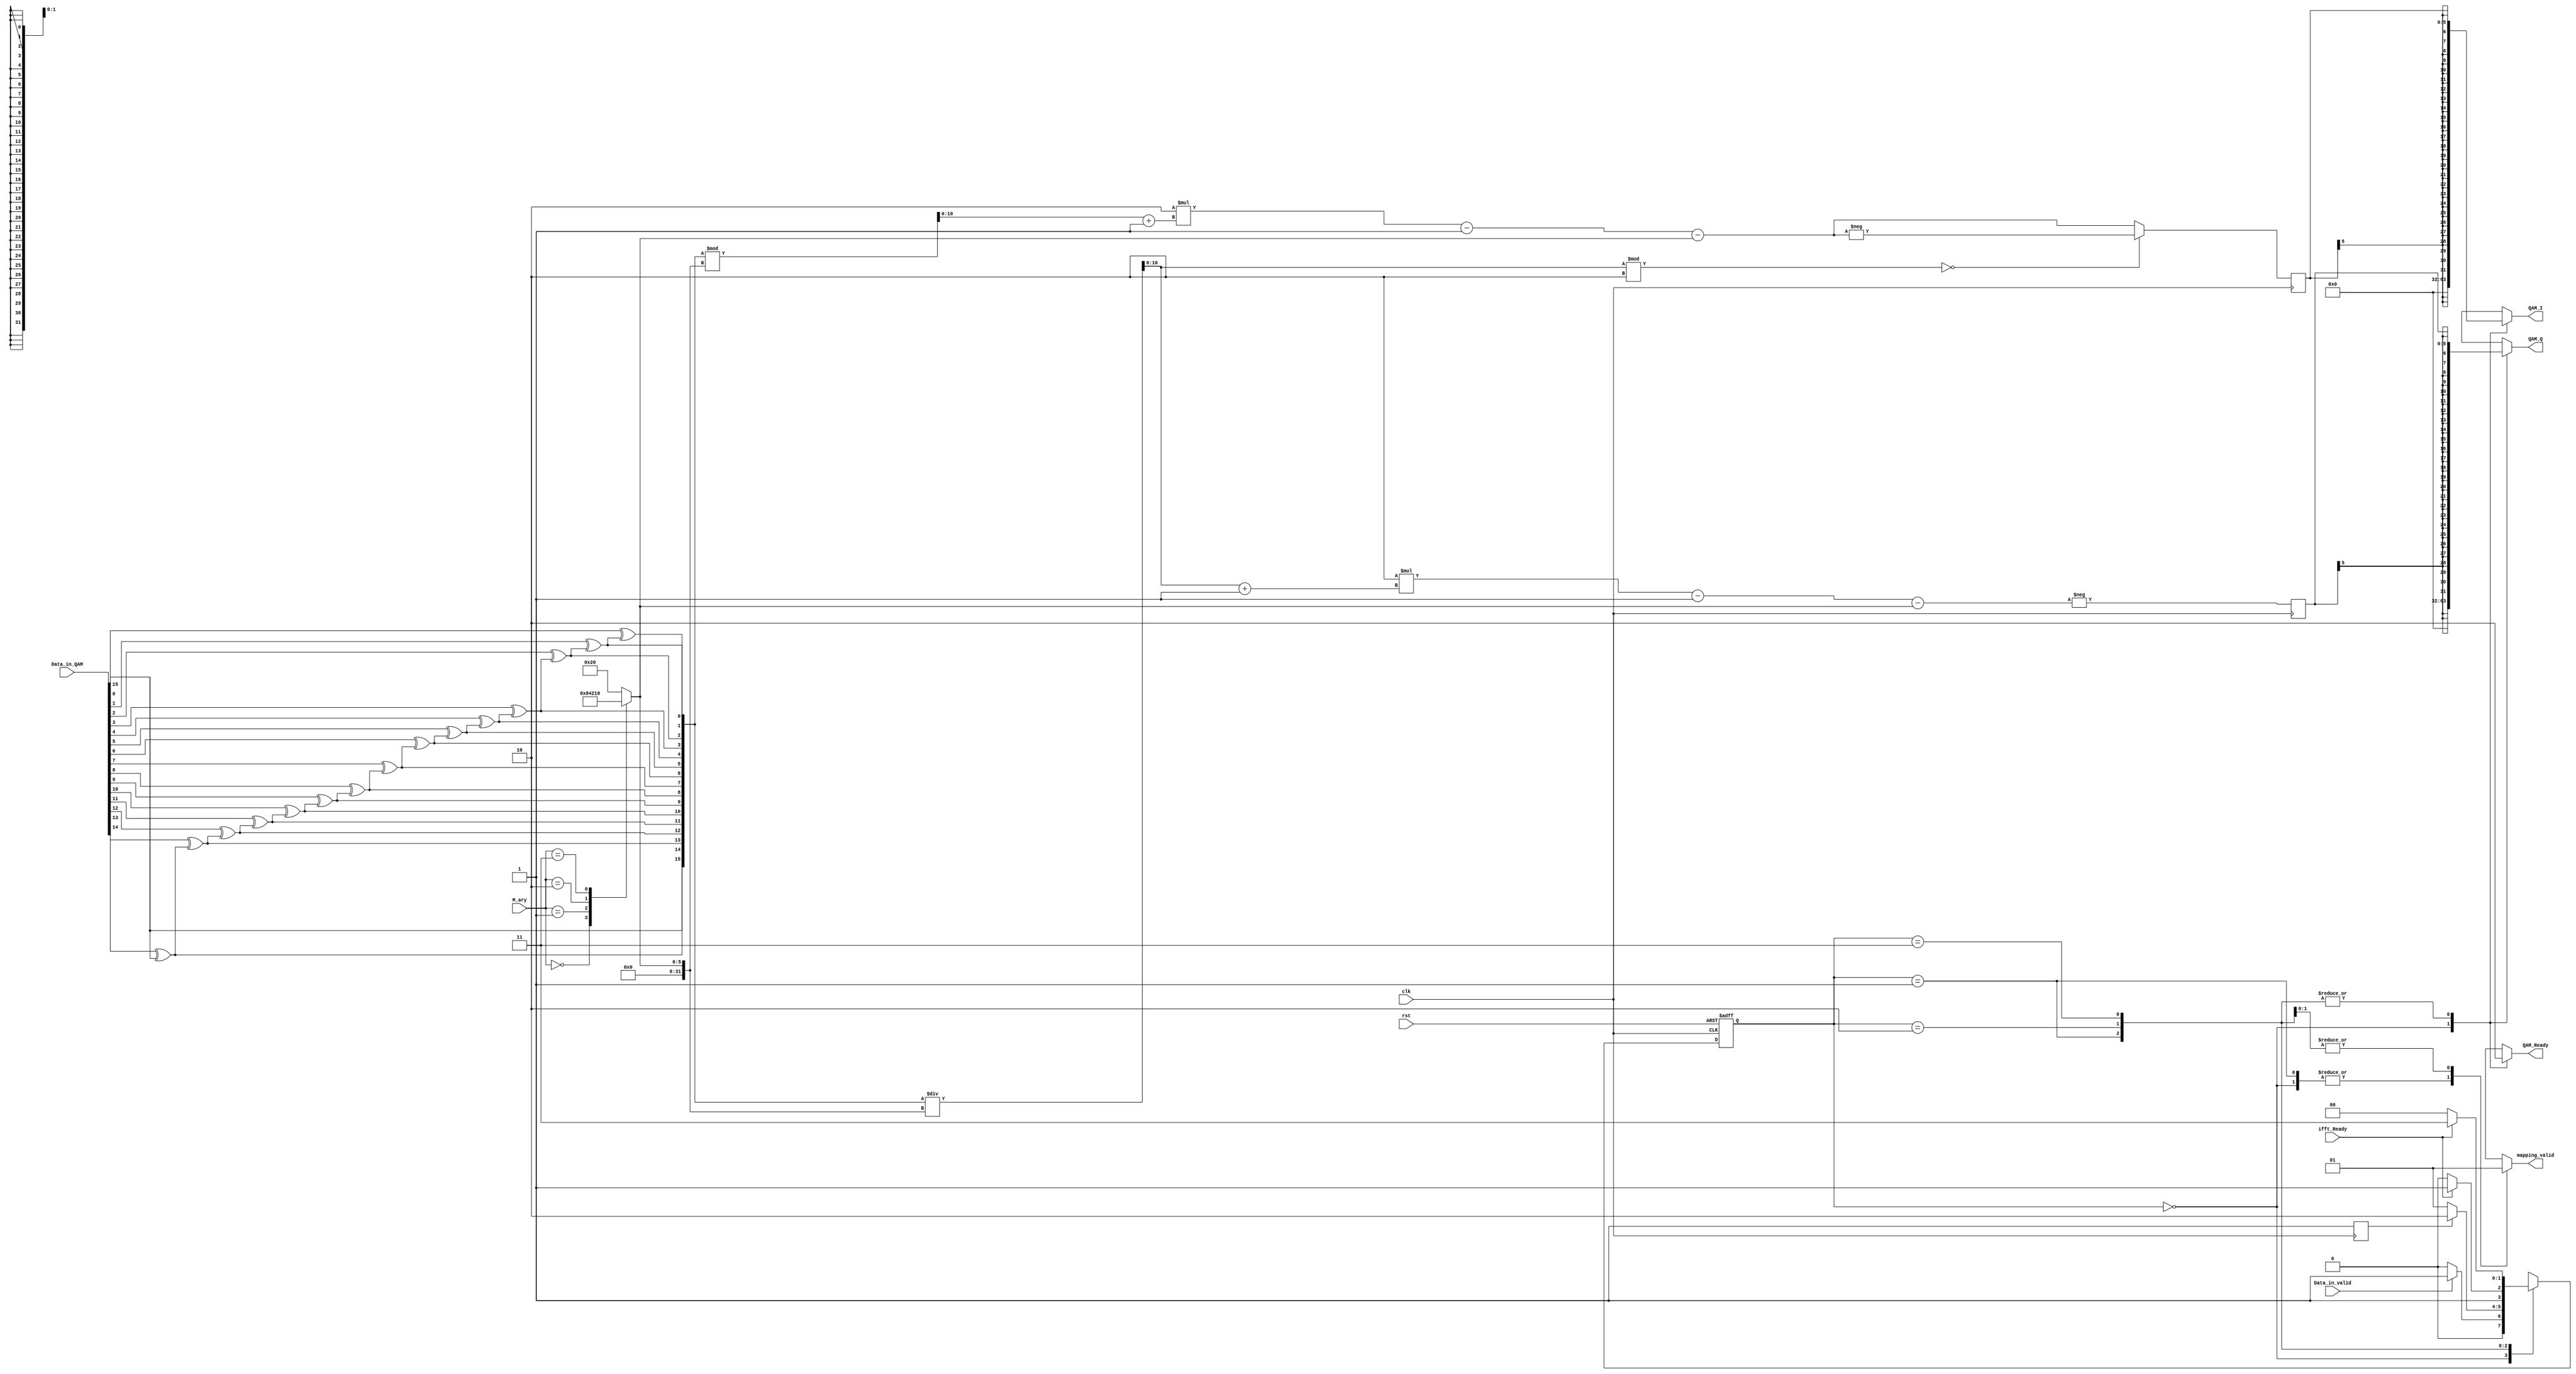
module QAM (
input clk,rst,Data_in_valid,ifft_Ready,
input [2:0] M_ary,
input [15:0] Data_in_QAM,
output reg QAM_Ready, mapping_valid,
output reg [31:0] QAM_I,QAM_Q

);

reg [15:0] Binary_Data; 
wire  [15: 0]   binary;
reg signed [5:0] I ;
reg signed [5:0] Q ;
reg finished;
integer log2_M, square_root_M;
reg [10:0] row;
reg [10:0]column ;
reg [1:0] state, next_state;

parameter IDLE =2'b00;
parameter CALC = 2'b01;
parameter END = 2'b10;
parameter SEND = 2'b11;


always @(M_ary) begin
case (M_ary)
3'b000:    begin  square_root_M = 2;   log2_M = 2; end      // 4-QAM
3'b001:    begin  square_root_M = 4;   log2_M = 4; end     // 16-QAM
3'b010:    begin  square_root_M = 8;   log2_M = 6; end    // 64-QAM
3'b011:    begin  square_root_M = 16;  log2_M = 8; end   //256-QAM
3'b100:    begin  square_root_M = 32;  log2_M = 10; end  //1024-QAM
default:   begin  square_root_M = 32;  log2_M = 10; end  //1024-QAM
endcase
end

assign  binary[15]     =       Data_in_QAM[15];
 
generate
genvar  i;
    for(i=0;i<15;i=i+1) begin:b2g
        assign  binary[i]     =       Data_in_QAM[i]^binary[i+1];  
    end
endgenerate

always @ (posedge clk)
begin
                Binary_Data = binary;
                row = Binary_Data/square_root_M;
                column = Binary_Data % square_root_M; 
                Q = {(-(2*(row+1)-1-square_root_M))}; 
                if ((row)%2==0)  begin  I= (-(2*(column+1)-1-square_root_M)); end 
                else begin  I= (2*(column+1)-1-square_root_M);end 
                finished = 1'b1;
end

always @(*)
begin
    case (state)
    IDLE:begin
            if (Data_in_valid == 1) next_state = CALC;
            else next_state = IDLE;
         end
    CALC:begin
            if (finished == 1) next_state = END;
            else next_state = CALC;
         end
    END:begin
            if (ifft_Ready == 1) next_state = SEND;
            else next_state = END;
         end
    SEND:begin
            if (ifft_Ready == 0) next_state = IDLE;
            else next_state = SEND;
         end
    endcase
end

always @(posedge clk or negedge rst)
begin
    if (!rst) state <= IDLE;
    else state <= next_state; 
end

always @(*)
begin
    case (state)
    IDLE:begin
            QAM_Ready = 1'b1;
            QAM_Q = 0;
            QAM_I = 0;
            mapping_valid = 1'b0;
         end
    CALC:begin
            QAM_Ready = 1'b0;
            QAM_Q = Q;
            QAM_I = I;
            mapping_valid = 1'b0;
         end
    END:begin
            QAM_Ready = 1'b0;
            QAM_Q = Q;
            QAM_I = I;
            mapping_valid = 1'b1;
         end
    SEND:begin
            QAM_Ready = 1'b0;
            QAM_Q = Q;
            QAM_I = I;
            mapping_valid = 1'b1;
         end
    endcase
end
endmodule